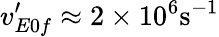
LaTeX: v_{E0f}^{\prime}\approx 2\times 10^{6}\mathrm{s^{-1}}